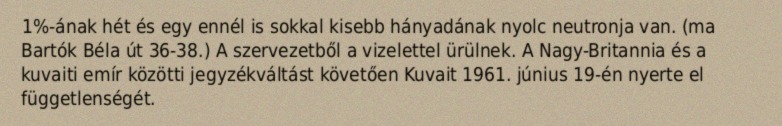
1%-ának hét és egy ennél is sokkal kisebb hányadának nyolc neutronja van. (ma Bartók Béla út 36‐38.) A szervezetből a vizelettel ürülnek. A Nagy-Britannia és a kuvaiti emír közötti jegyzékváltást követően Kuvait 1961. június 19-én nyerte el függetlenségét.